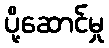
ပို့ဆောင်မှု